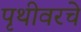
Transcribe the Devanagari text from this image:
पृथीवरचे